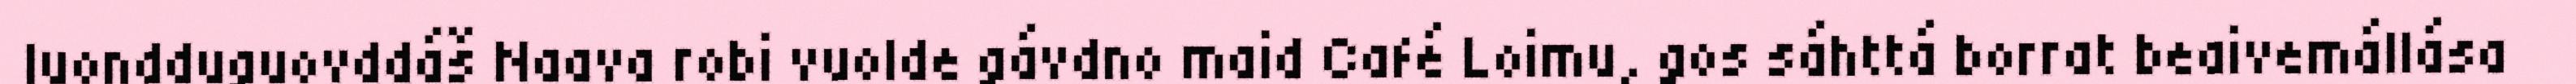
luondduguovddáš Naava robi vuolde gávdno maid Café Loimu, gos sáhttá borrat beaivemállása